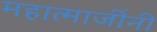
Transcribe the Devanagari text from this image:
महात्माजींनी